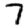
Digit: 7